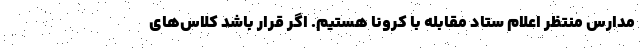
مدارس منتظر اعلام ستاد مقابله با کرونا هستیم. اگر قرار باشد کلاس‌های